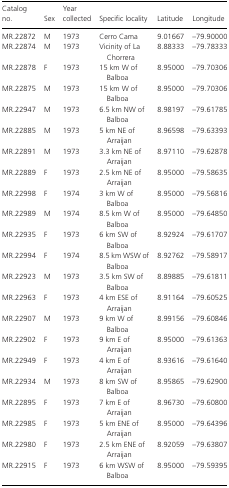
<table><thead><tr><td><b>Catalog no.</b></td><td><b>Sex</b></td><td><b>Year collected</b></td><td><b>Specific locality</b></td><td><b>Latitude</b></td><td><b>Longitude</b></td></tr></thead><tbody><tr><td>MR.22872</td><td>M</td><td>1973</td><td>Cerro Cama</td><td>9.01667</td><td>–79.90000</td></tr><tr><td>MR.22874</td><td>M</td><td>1973</td><td>Vicinity of La Chorrera</td><td>8.88333</td><td>–79.78333</td></tr><tr><td>MR.22878</td><td>F</td><td>1973</td><td>15 km W of Balboa</td><td>8.95000</td><td>–79.70306</td></tr><tr><td>MR.22875</td><td>M</td><td>1973</td><td>15 km W of Balboa</td><td>8.95000</td><td>–79.70306</td></tr><tr><td>MR.22947</td><td>M</td><td>1973</td><td>6.5 km NW of Balboa</td><td>8.98197</td><td>–79.61785</td></tr><tr><td>MR.22885</td><td>M</td><td>1973</td><td>5 km NE of Arraijan</td><td>8.96598</td><td>–79.63393</td></tr><tr><td>MR.22891</td><td>M</td><td>1973</td><td>3.3 km NE of Arraijan</td><td>8.97110</td><td>–79.62878</td></tr><tr><td>MR.22889</td><td>F</td><td>1973</td><td>2.5 km NE of Arraijan</td><td>8.95000</td><td>–79.58635</td></tr><tr><td>MR.22998</td><td>F</td><td>1974</td><td>3 km W of Balboa</td><td>8.95000</td><td>–79.56816</td></tr><tr><td>MR.22989</td><td>M</td><td>1974</td><td>8.5 km W of Balboa</td><td>8.95000</td><td>–79.64850</td></tr><tr><td>MR.22935</td><td>F</td><td>1973</td><td>6 km SW of Balboa</td><td>8.92924</td><td>–79.61707</td></tr><tr><td>MR.22994</td><td>F</td><td>1974</td><td>8.5 km WSW of Balboa</td><td>8.92762</td><td>–79.58917</td></tr><tr><td>MR.22923</td><td>M</td><td>1973</td><td>3.5 km SW of Balboa</td><td>8.89885</td><td>–79.61811</td></tr><tr><td>MR.22963</td><td>F</td><td>1973</td><td>4 km ESE of Arraijan</td><td>8.91164</td><td>–79.60525</td></tr><tr><td>MR.22907</td><td>M</td><td>1973</td><td>9 km W of Balboa</td><td>8.99156</td><td>–79.60846</td></tr><tr><td>MR.22902</td><td>F</td><td>1973</td><td>9 km E of Arraijan</td><td>8.95000</td><td>–79.61363</td></tr><tr><td>MR.22949</td><td>F</td><td>1973</td><td>4 km E of Arraijan</td><td>8.93616</td><td>–79.61640</td></tr><tr><td>MR.22934</td><td>M</td><td>1973</td><td>8 km SW of Balboa</td><td>8.95865</td><td>–79.62900</td></tr><tr><td>MR.22895</td><td>F</td><td>1973</td><td>7 km E of Arraijan</td><td>8.96730</td><td>–79.60800</td></tr><tr><td>MR.22985</td><td>F</td><td>1973</td><td>5 km ENE of Arraijan</td><td>8.95000</td><td>–79.64396</td></tr><tr><td>MR.22980</td><td>F</td><td>1973</td><td>2.5 km ENE of Arraijan</td><td>8.92059</td><td>–79.63807</td></tr><tr><td>MR.22915</td><td>F</td><td>1973</td><td>6 km WSW of Balboa</td><td>8.95000</td><td>–79.59395</td></tr></tbody></table>